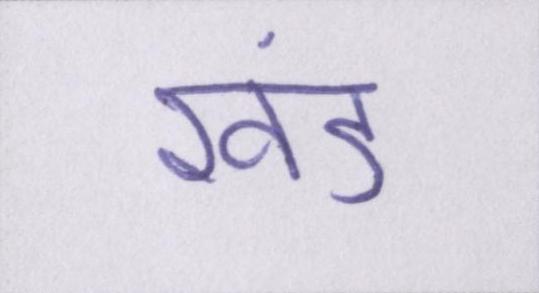
खंड